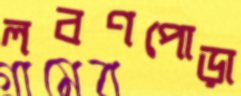
লবণপোড়া